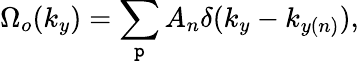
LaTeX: \Omega_{o}(k_{y})=\sum_{\mathtt{p}}A_{n}\delta(k_{y}-k_{y(n)}),